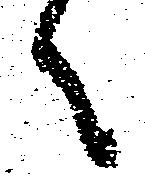
々